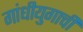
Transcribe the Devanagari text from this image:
गांधीयुगाची